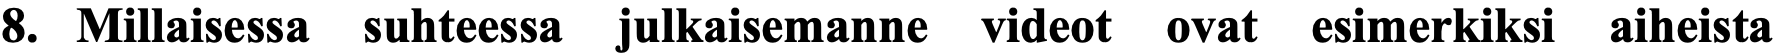
8. Millaisessa suhteessa julkaisemanne videot ovat esimerkiksi aiheista